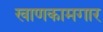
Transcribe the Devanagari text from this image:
खाणकामगार